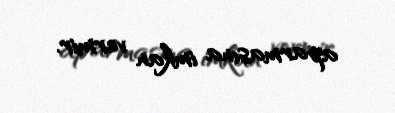
aparmasına imkan vermir.